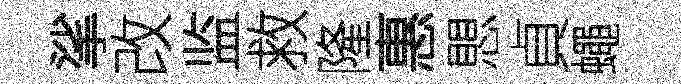
挲改监救隆惠愳貞蠅